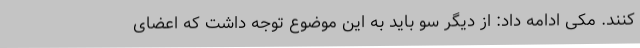
کنند. مکی ادامه داد: از دیگر سو باید به این موضوع توجه داشت که اعضای